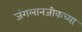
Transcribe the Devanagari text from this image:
जंगलानजीकच्या